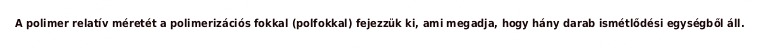
A polimer relatív méretét a polimerizációs fokkal (polfokkal) fejezzük ki, ami megadja, hogy hány darab ismétlődési egységből áll.